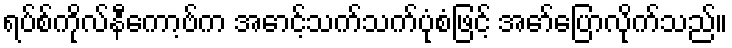
ရပ်စ်ကိုလ်နီကော့ဗ်က အောင့်သက်သက်ပုံစံဖြင့် အော်ပြောလိုက်သည်။